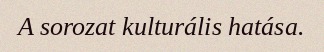
A sorozat kulturális hatása.